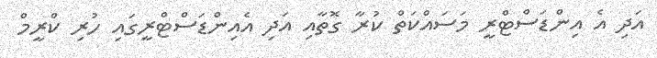
އަދި އެ އިންޑަސްޓްރީ މަސައްކަތް ކުރާ ގޮތާއި އަދި އެއިންޑަސްޓްރީގައި ހުރި ކްރީމް